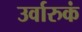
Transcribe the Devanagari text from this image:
उर्वारुकं